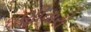
ઘણીવારો